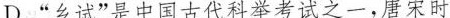
D.”乡试”是中国古代科举考试之一，唐宋时